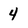
Character: 4